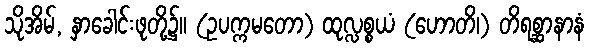
သိုအိမ်, နှာခေါင်းဖုတို့၌။ (ဥပက္ကမတော) ထုလ္လစ္စယံ (ဟောတိ၊) တိရစ္ဆာနာနံ